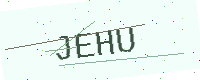
Text: JEHU